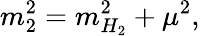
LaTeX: m_{2}^{2}=m_{H_{2}}^{2}+\mu^{2},